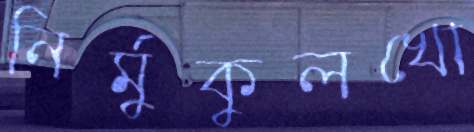
নির্মুকুলখো